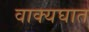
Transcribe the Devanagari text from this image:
वाक्यघात